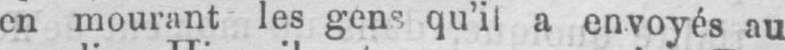
en mourant les gens qu’il a envoyés au